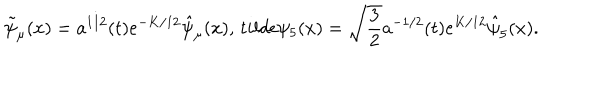
\tilde { \psi } _ { \mu } ( x ) = a ^ { 1 / 2 } ( t ) e ^ { - K / 1 2 } \hat { \psi } _ { \mu } ( x ) , \, t i l d e \psi _ { 5 } ( x ) = \sqrt { \frac { 3 } { 2 } } a ^ { - 1 / 2 } ( t ) e ^ { K / 1 2 } \hat { \psi } _ { 5 } ( x ) .